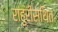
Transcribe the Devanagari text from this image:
राहुरीस्थित